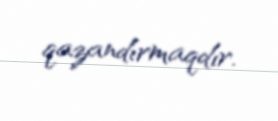
qazandırmaqdır.